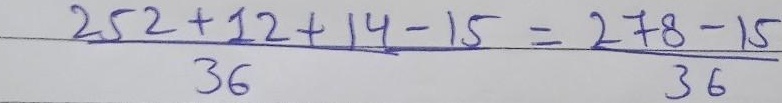
$\frac{252 + 12+14 - 15}{36}=\frac{278 - 15}{36}$